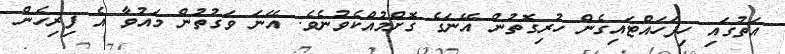
އަތުގައި ހިފަހައްޓައިގެން ހުރިގޮތުން އޭނަގެ ގޮށްމުއްކެވުނެވެ. އޭނަ ވަގުތުން މައުވާ އެ ފިރިހެން